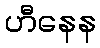
ဟီနေန